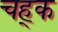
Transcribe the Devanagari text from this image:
चह्क